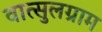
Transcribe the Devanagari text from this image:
वात्सुलग्राम